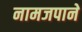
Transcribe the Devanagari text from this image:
नामजपाने